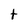
Character: t